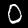
Label: 0